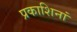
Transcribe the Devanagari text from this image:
प्रकाशिनां